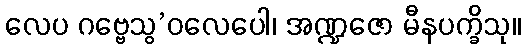
လေပ ဂဗ္ဗေသွ’ဝလေပေါ၊ အဏ္ဍဇော မီနပက္ခိသု။